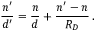
{ \frac { n ^ { \prime } } { d ^ { \prime } } } = { \frac { n } { d } } + { \frac { n ^ { \prime } - n } { R _ { D } } } \, .